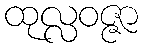
ထုလ္လဝဇ္ဇာ